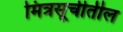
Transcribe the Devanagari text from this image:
मित्रसूचीतील